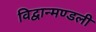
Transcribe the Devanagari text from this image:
विद्वान्मण्डली